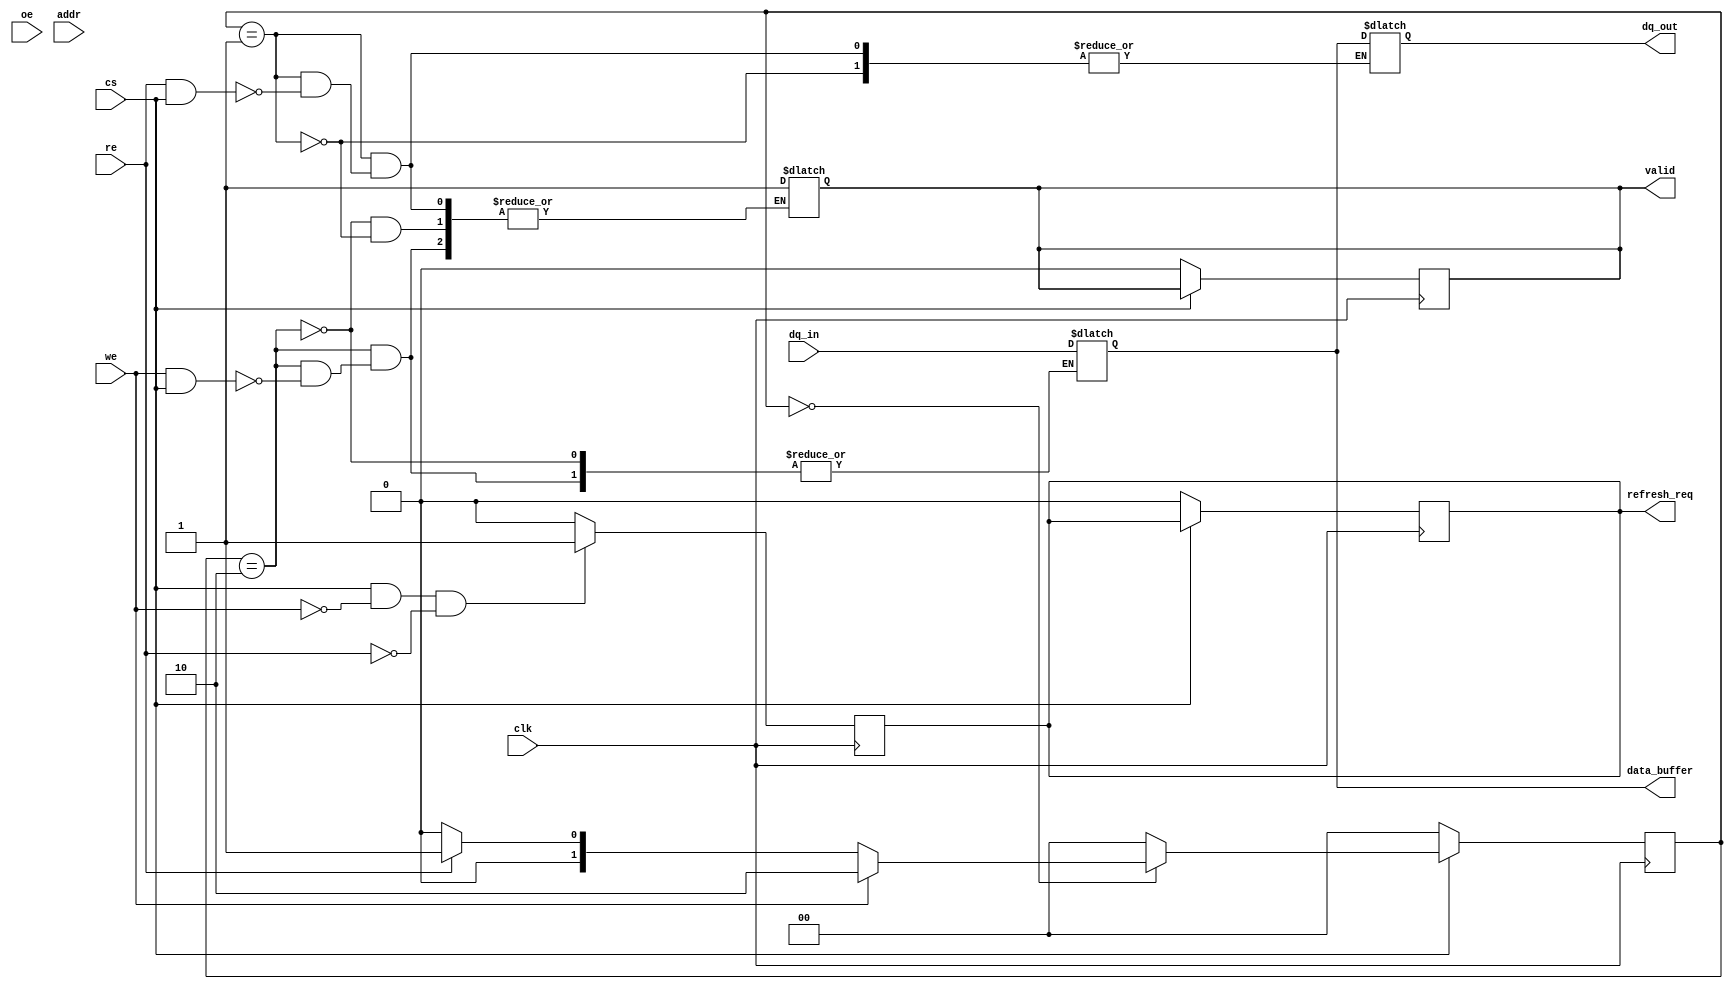
module io_block(
    input wire clk,           // Clock signal
    input wire cs,           // Chip Select
    input wire we,           // Write Enable
    input wire re,           // Read Enable
    input wire oe,           // Output Enable
    input wire [15:0] dq_in, // Data input for write operations
    output reg [15:0] dq_out, // Data output for read operations
    input wire [7:0] addr,   // Address lines
    output reg valid,        // Output valid signal
    output reg refresh_req,  // Refresh request signal
    output reg [15:0] data_buffer // Buffer for data
);

// State definitions
localparam IDLE = 2'b00;
localparam READ = 2'b01;
localparam WRITE = 2'b10;

reg [1:0] state;
reg [1:0] next_state;

always @(posedge clk) begin
    if (!cs) begin
        // Chip is not selected
        state <= IDLE;
        valid <= 0;
        refresh_req <= 0;
    end else begin
        state <= next_state;
    end
end

always @(*) begin
    case (state)
        IDLE: begin
            if (we) begin
                next_state = WRITE;
            end else if (re) begin
                next_state = READ;
            end else begin
                next_state = IDLE;
            end
        end
        
        WRITE: begin
            if (we && cs) begin
                data_buffer = dq_in; // Capture input data
                valid = 1;           // Data is valid
                next_state = IDLE;   // Go back to IDLE after write
            end else begin
                next_state = IDLE;
            end
        end
        
        READ: begin
            if (re && cs) begin
                dq_out = data_buffer; // Drive the output data
                valid = 1;            // Data is valid
                next_state = IDLE;    // Go back to IDLE after read
            end else begin
                next_state = IDLE;
            end
        end
        
        default: next_state = IDLE;
    endcase
end

// Refresh control logic (simplified)
always @(posedge clk) begin
    if (cs && !we && !re) begin
        refresh_req <= 1; // Request a refresh if idle
    end else begin
        refresh_req <= 0; // Clear refresh request
    end
end

endmodule